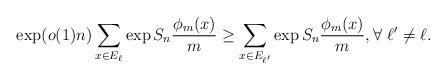
LaTeX: \begin{align*}\exp(o(1)n)\sum_{x \in E_{\ell}}\exp{S_n\dfrac{\phi_m(x)}{m}} \geq \sum_{x \in E_{\ell'}}\exp{S_n\dfrac{\phi_m(x)}{m}}, \forall \ \ell' \not= \ell.\end{align*}